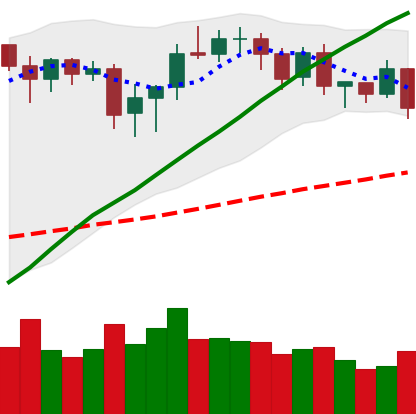
Ticker: BNB-USD
Chart end date: 2020-08-25
Forward return: 10.102%
Label: up_7plus